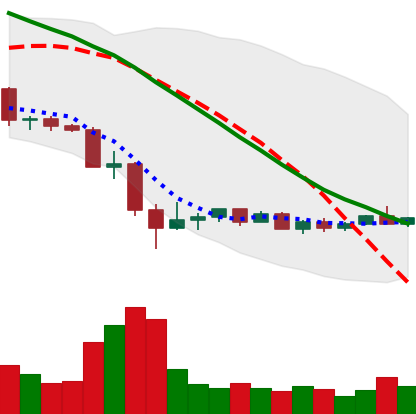
Ticker: EOS-USD
Chart end date: 2022-05-24
Forward return: -3.892%
Label: down_3_5